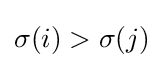
\sigma (i)>\sigma (j)